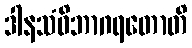
ဒါနသံဝိဘာဂရတောတိ